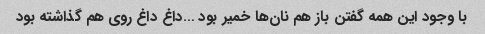
با وجود این همه گفتن باز هم نان‌ها خمیر بود …داغ داغ روی هم گذاشته بود